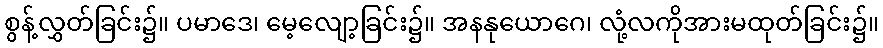
စွန့်လွှတ်ခြင်း၌။ ပမာဒေ၊ မေ့လျော့ခြင်း၌။ အနနုယောဂေ၊ လုံ့လကိုအားမထုတ်ခြင်း၌။